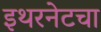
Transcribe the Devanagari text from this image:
इथरनेटचा